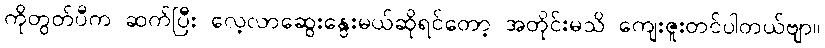
ကိုတွတ်ပီက ဆက်ပြီး လေ့လာဆွေးနွေးမယ်ဆိုရင်တော့ အတိုင်းမသိ ကျေးဇူးတင်ပါတယ်ဗျာ။